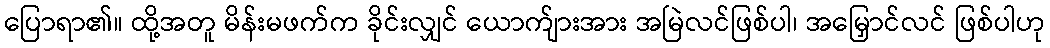
ပြောရာ၏။ ထို့အတူ မိန်းမဖက်က ခိုင်းလျှင် ယောက်ျားအား အမြဲလင်ဖြစ်ပါ၊ အမြှောင်လင် ဖြစ်ပါဟု